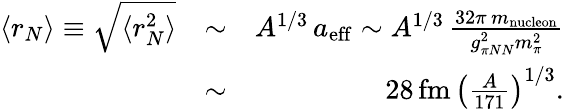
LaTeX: \begin{array}{rlr}{\langle r_{N}\rangle\equiv\sqrt{\langle r_{N}^{2}\rangle}}&{\sim}&{A^{1/3}\, a_{\mathrm{eff}}\sim A^{1/3}\, \frac{32\pi\, m_{\mathrm{nucleon}}}{g_{\pi NN}^{2}m_{\pi}^{2}}}\\ &{\sim}&{28\, \mathrm{fm}\, \left(\frac{A}{171}\right)^{1/3}.}\end{array}